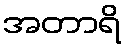
အတာရိ